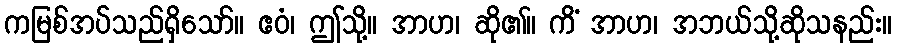
ကမြစ်အပ်သည်ရှိသော်။ ဧဝံ၊ ဤသို့။ အာဟ၊ ဆို၏။ ကိံ အာဟ၊ အဘယ်သို့ဆိုသနည်း။